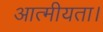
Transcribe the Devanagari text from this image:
आत्मीयता।